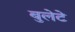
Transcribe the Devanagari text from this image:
बुलेटे